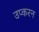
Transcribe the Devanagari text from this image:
उप्करन